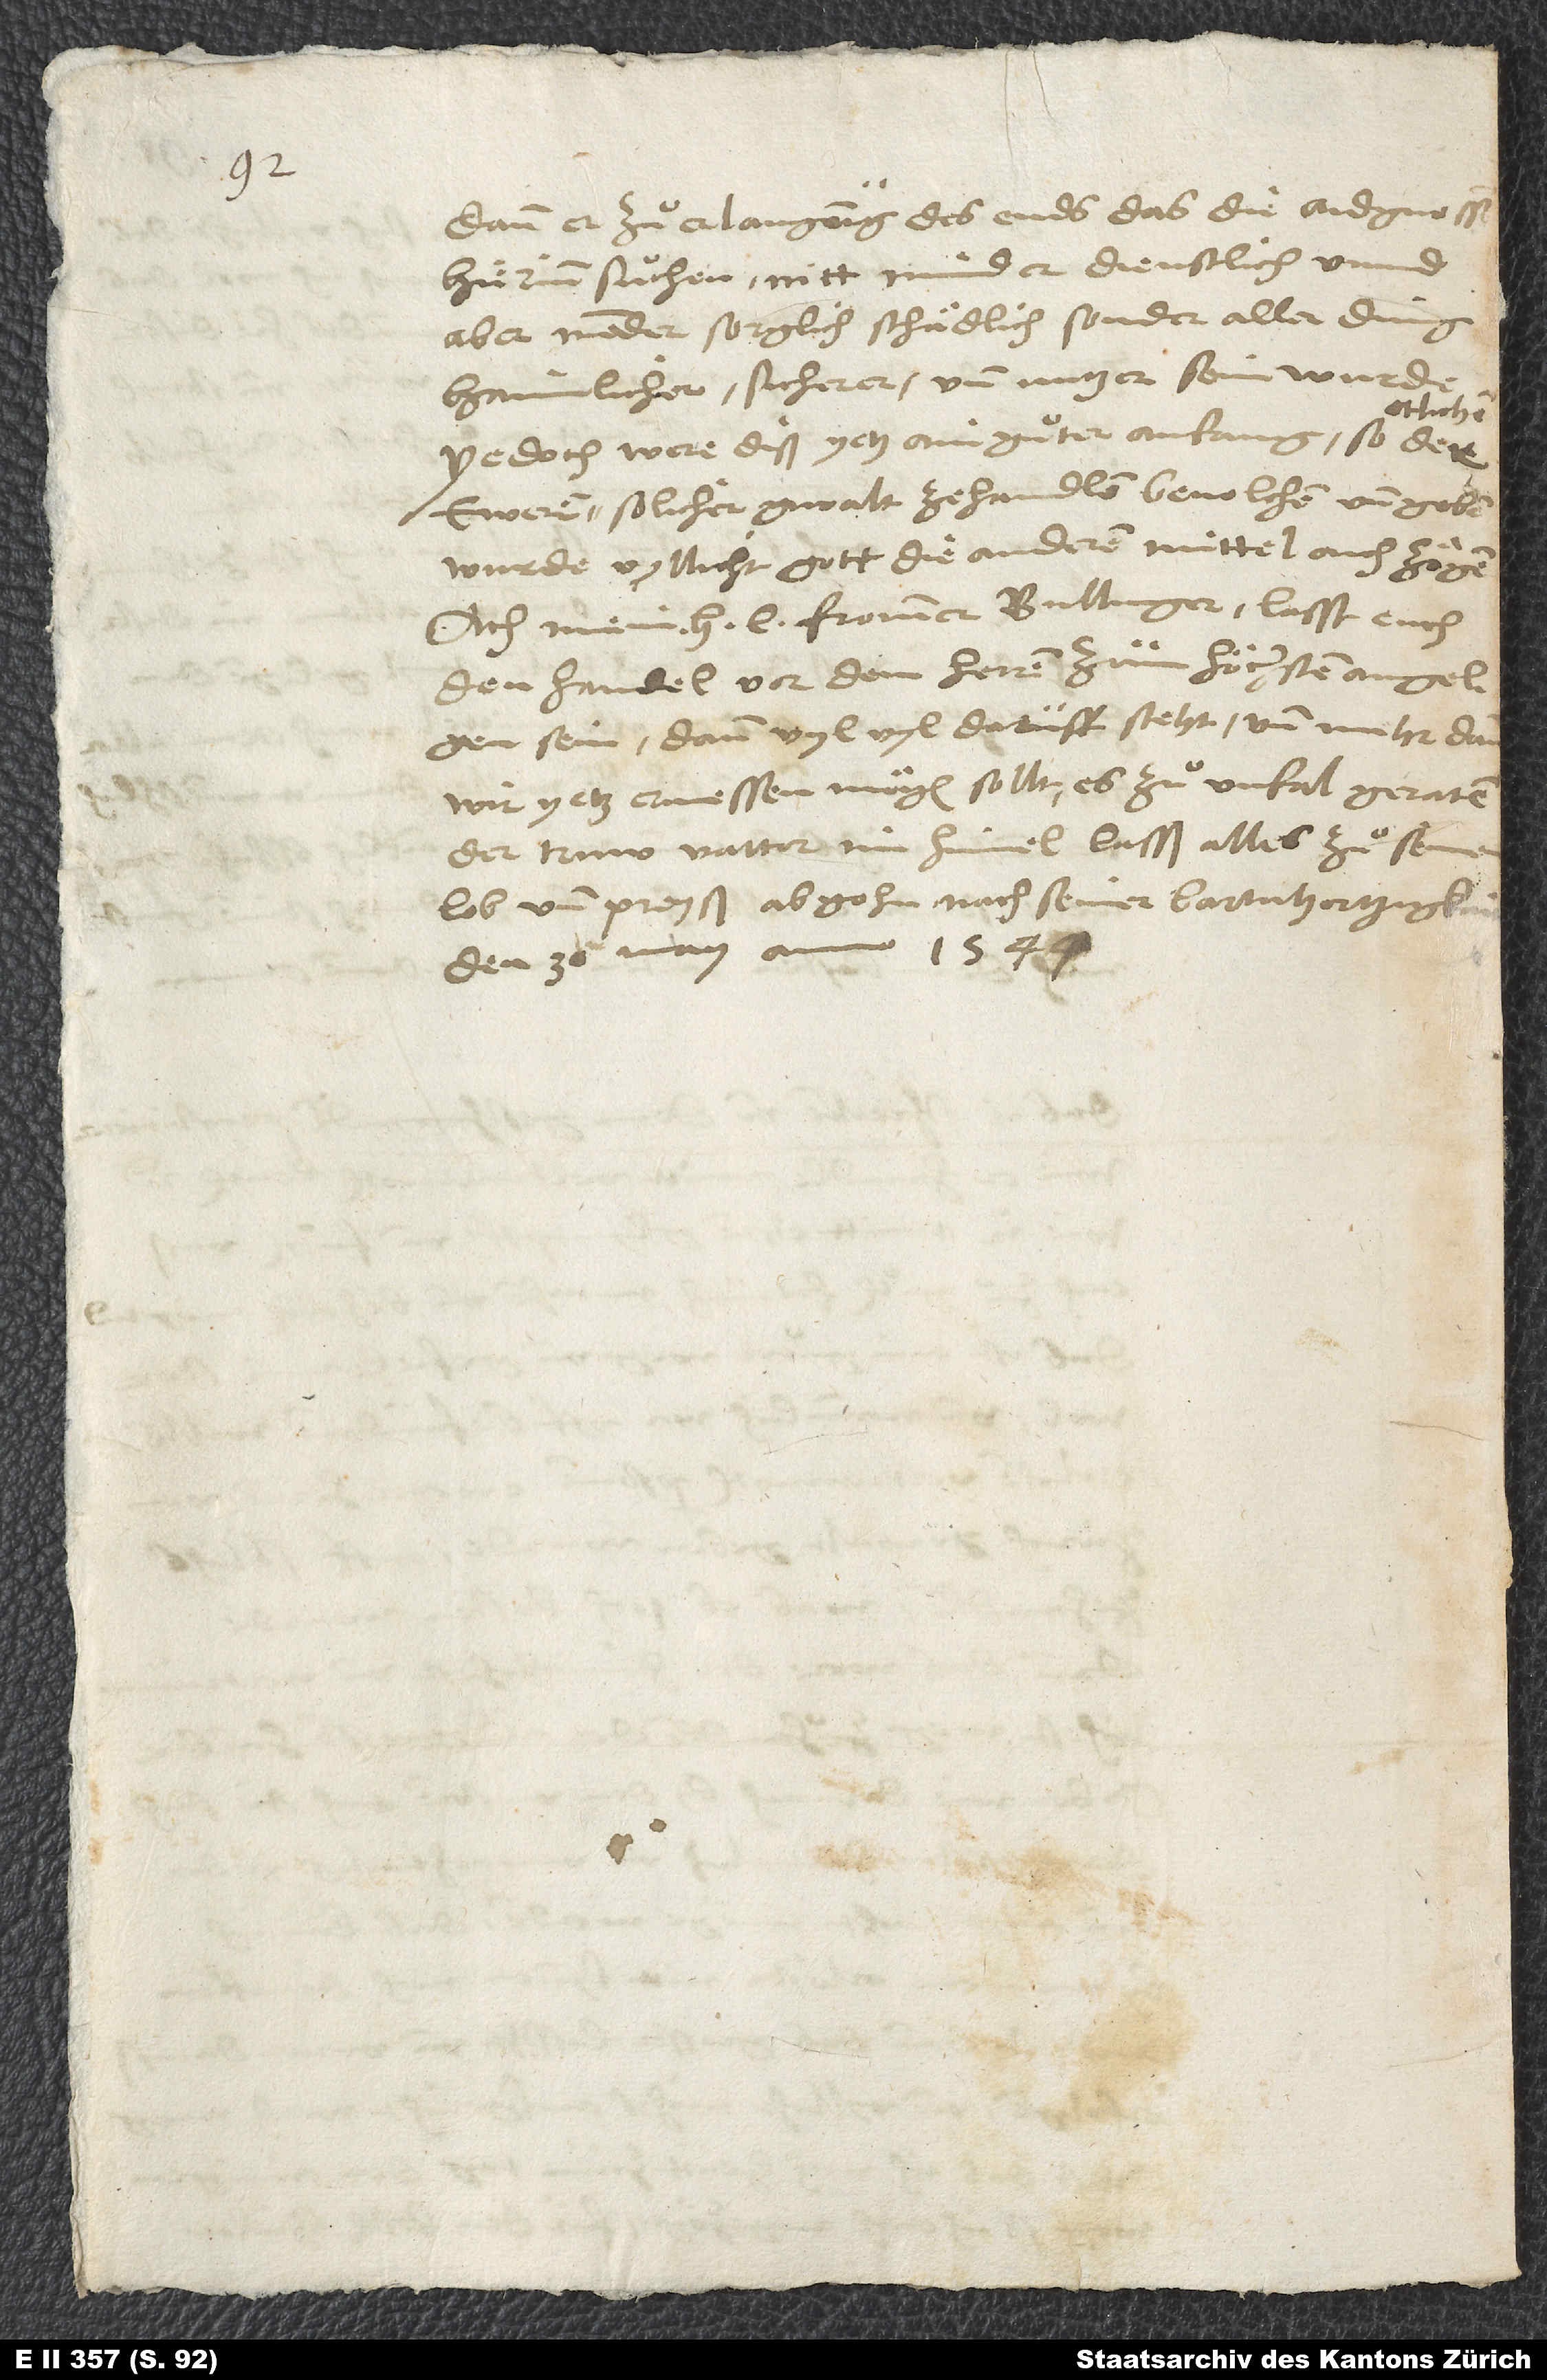
dann er zuͦ erlangung des ends, das die aidgnoss.
Den 30. may anno 1544.